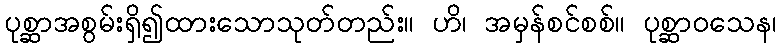
ပုစ္ဆာအစွမ်းရှိ၍ထားသောသုတ်တည်း။ ဟိ၊ အမှန်စင်စစ်။ ပုစ္ဆာဝသေန၊